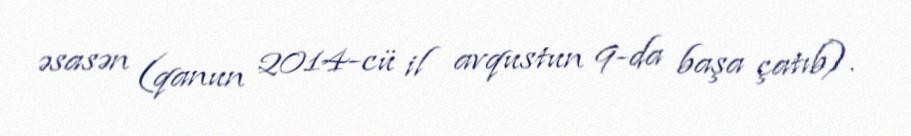
əsasən (qanun 2014-cü il avqustun 9-da başa çatıb).